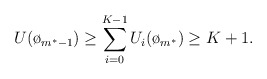
\begin{align*}U(\o_{m^*-1}) \geq \sum_{i=0}^{K-1} U_i(\o_{m^*}) \geq K+1.\end{align*}